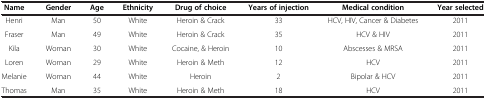
<table><thead><tr><td><b>Name</b></td><td><b>Gender</b></td><td><b>Age</b></td><td><b>Ethnicity</b></td><td><b>Drug of choice</b></td><td><b>Years of injection</b></td><td><b>Medical condition</b></td><td><b>Year selected</b></td></tr></thead><tbody><tr><td>Henri</td><td>Man</td><td>50</td><td>White</td><td>Heroin &amp; Crack</td><td>33</td><td>HCV, HIV, Cancer &amp; Diabetes</td><td>2011</td></tr><tr><td>Fraser</td><td>Man</td><td>49</td><td>White</td><td>Heroin &amp; Crack</td><td>35</td><td>HCV &amp; HIV</td><td>2011</td></tr><tr><td>Kila</td><td>Woman</td><td>30</td><td>White</td><td>Cocaine, &amp; Heroin</td><td>10</td><td>Abscesses &amp; MRSA</td><td>2011</td></tr><tr><td>Loren</td><td>Woman</td><td>29</td><td>White</td><td>Heroin &amp; Meth</td><td>12</td><td>HCV</td><td>2011</td></tr><tr><td>Melanie</td><td>Woman</td><td>44</td><td>White</td><td>Heroin</td><td>2</td><td>Bipolar &amp; HCV</td><td>2011</td></tr><tr><td>Thomas</td><td>Man</td><td>35</td><td>White</td><td>Heroin &amp; Meth</td><td>18</td><td>HCV</td><td>2011</td></tr></tbody></table>